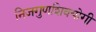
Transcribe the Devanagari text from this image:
निजगुणशिवयोगी